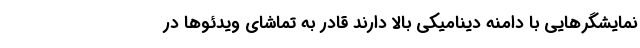
نمایشگرهایی با دامنه دینامیکی بالا دارند قادر به تماشای ویدئوها در